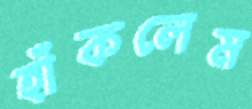
হাঁকলেম